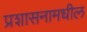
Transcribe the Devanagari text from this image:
प्रशासनामधील